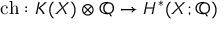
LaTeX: \operatorname { c h } : K ( X ) \otimes \mathbb { Q } \to H ^ { * } ( X ; \mathbb { Q } )